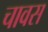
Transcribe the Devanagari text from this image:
चावस